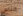
الناس